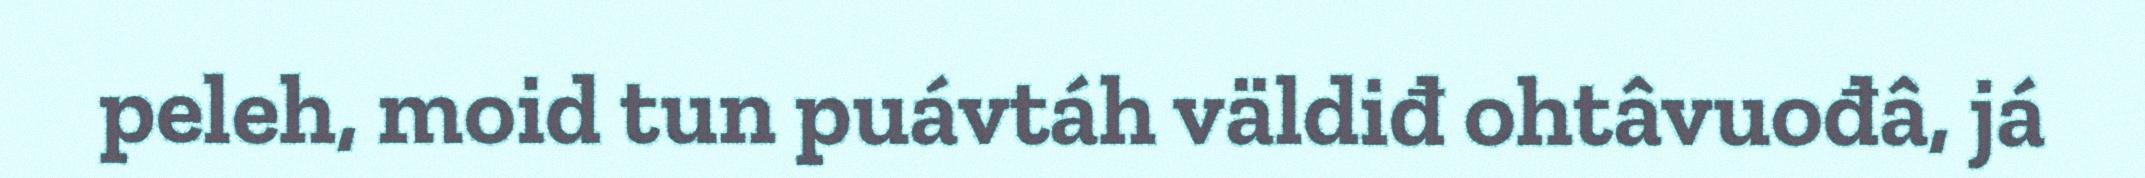
peleh, moid tun puávtáh väldiđ ohtâvuođâ, já